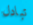
تبادل